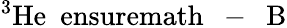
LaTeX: ^{3}\mathrm{He}\mathrm{\mathrm{~\ ensuremath~{~-~}~}}\mathrm{B}